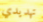
تهديدي